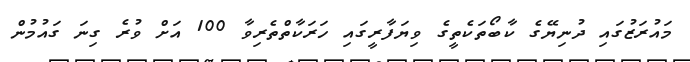
މައުރަޒުގައި ދުނިޔޭގެ ކާބޯތަކެތީގެ ވިޔަފާރީގައި ހަރަކާތްތެރިވާ 100 އަށް ވުރެ ގިނަ ގައުމުން